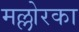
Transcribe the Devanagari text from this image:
मल्लोरका